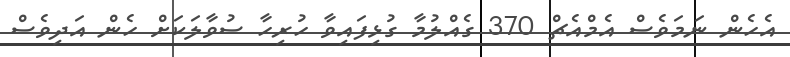
އެހެން ނަމަވެސް އެމްއެޗް 370 ގެއްލުމާ ގުޅިފައިވާ ހުރިހާ ސުވާލަކަށް ހެން އަދިވެސް